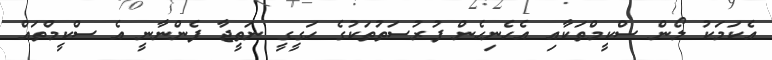
އެކަމަކު ލޯން ސްކީމްތަކާއި އެހެނިހެން ފުރުސަތުތަކުގެ ހަގީގީ ނަތީޖާ ފެންނާނީ އެ ސްކީމްތައް